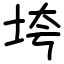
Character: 垮